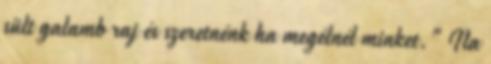
sült galamb raj és szeretnénk ha megélnél minket." Na